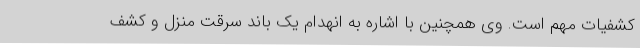
کشفیات مهم است. وی همچنین با اشاره به انهدام یک باند سرقت منزل و کشف